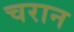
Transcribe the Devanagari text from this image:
चरान